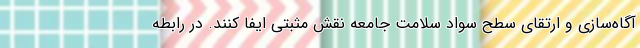
آگاه‌سازی و ارتقای سطح سواد سلامت جامعه نقش مثبتی ایفا کنند. در رابطه